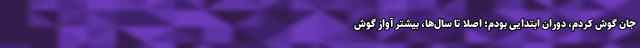
جان گوش کردم، دوران ابتدایی بودم؛ اصلا تا سال‌ها، بیشتر آواز گوش